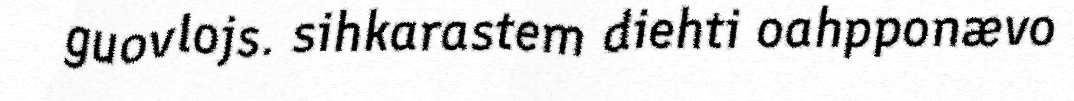
guovlojs. sihkarastem diehti oahpponævo